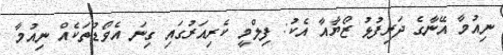
ނިއުމާ އޭނާގެ ދަރިފުޅު ޒޯޔާއާ އެކު: ފިލްމީ ކެރިއަރުގައި ގިނަ އެވޯޑުތަކެއް ނިއުމާ